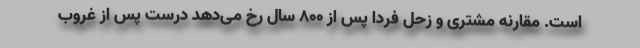
است. مقارنه مشتری و زحل فردا پس از ۸۰۰ سال رخ می‌دهد درست پس از غروب